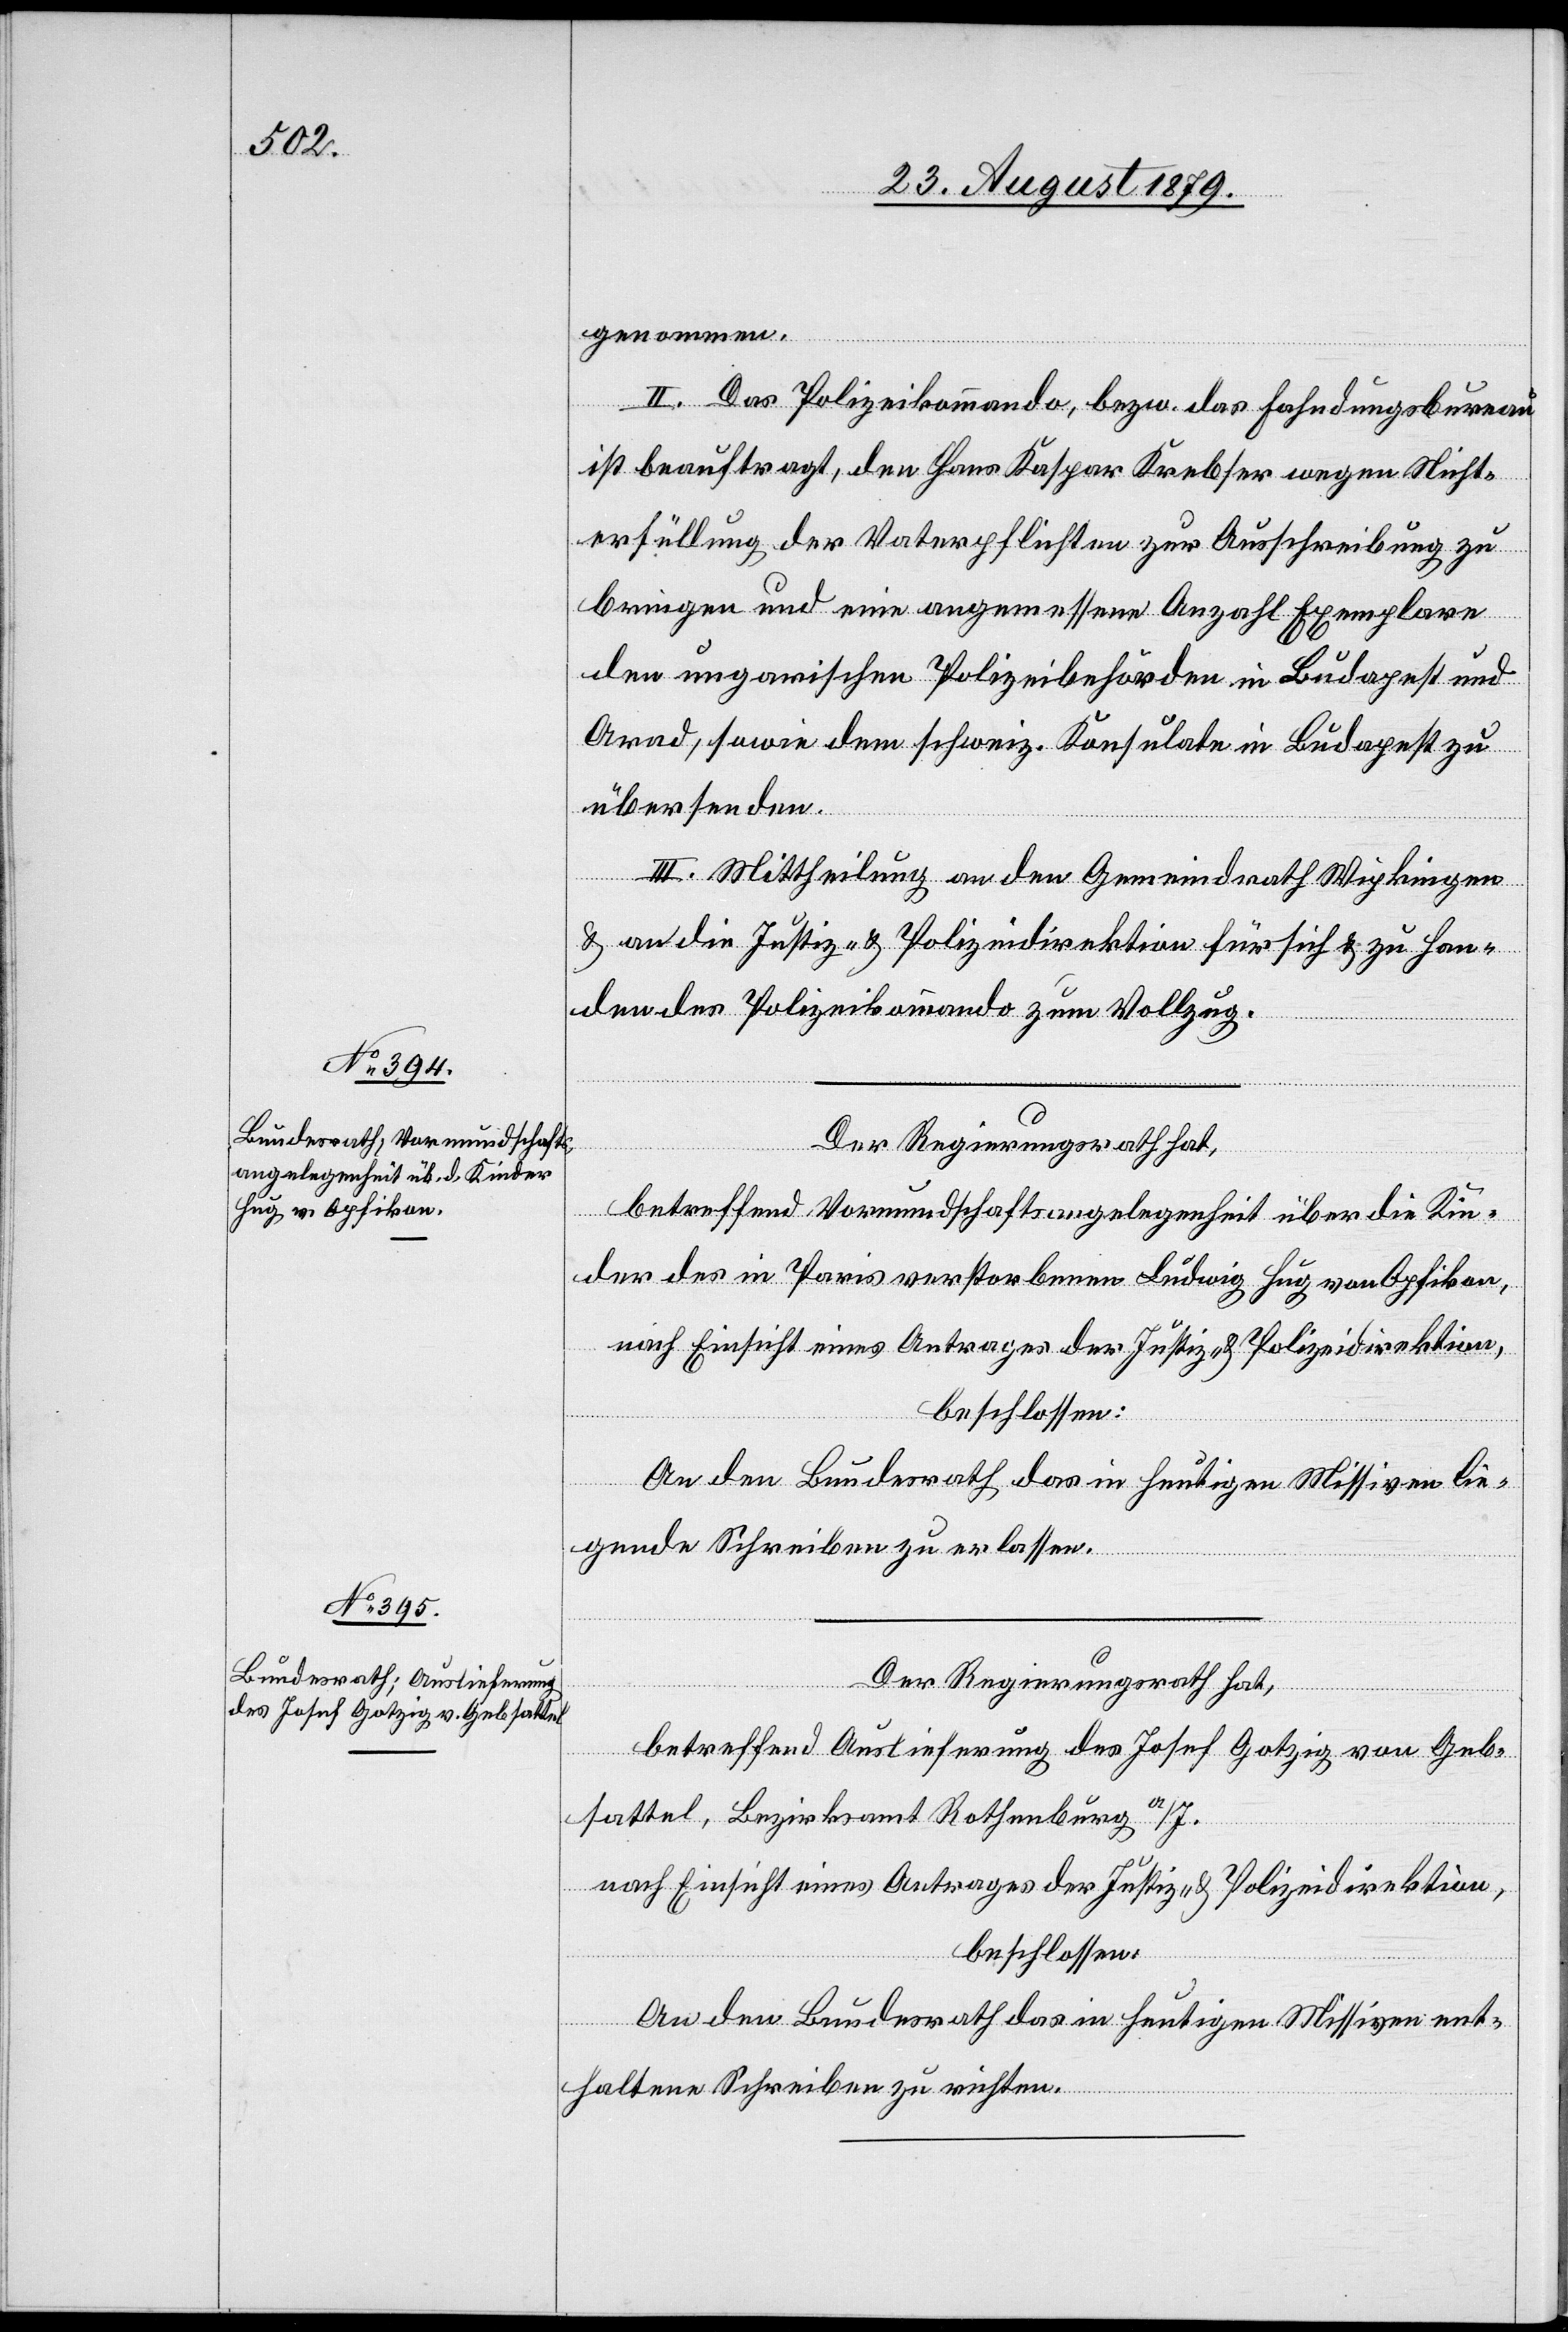
genommen.
II. Das Polizeikommando, bezw. das Fahndungsbureau
ist beauftragt, den Hans Kaspar Krebser wegen Nicht¬
erfüllung der Vaterpflichten zur Ausschreibung zu
bringen und eine angemessene Anzahl Exemplare
den ungarischen Polizeibehörden in Budapest und
Arad, sowie dem schweiz. Konsulate in Budapest zu
übersenden.
III. Mittheilung an den Gemeindrath Wipkingen
& an die Justiz- & Polizeidirektion für sich & zu Han¬
den des Polizeikommando zum Vollzug.
Der Regierungsrath hat,
betreffend Vormundschaftsangelegenheit über die Kin¬
der des in Paris verstorbenen Ludwig Hug von Opfikon,
nach Einsicht eines Antrages der Justiz- & Polizeidirektion,
beschlossen:
An den Bundesrath das in heutigen Missiven lie¬
gende Schreiben zu erlassen.
Der Regierungsrath hat,
betreffend Auslieferung des Josef Gotzig von Geb¬
sattel, Bezirksamt Rothenburg a/J.
nach Einsicht eines Antrages der Justiz- & Polizeidirektion,
beschlossen:
An den Bundesrath das in heutigen Missiven ent¬
haltene Schreiben zu richten.